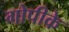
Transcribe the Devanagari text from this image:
गोपीके